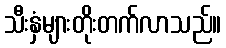
သီးနှံများတိုးတက်လာသည်။